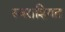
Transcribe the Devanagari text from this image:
स्वराशिगत